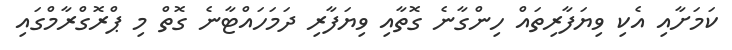
ކަމަށާއި އެކި ވިޔަފާރިތައް ހިންގާނެ ގޮތާއި ވިޔަފާރި ދަމަހައްޓާނެ ގޮތް މި ޕްރޮގްރާމްގައި